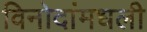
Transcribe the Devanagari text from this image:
विनोदांमधली